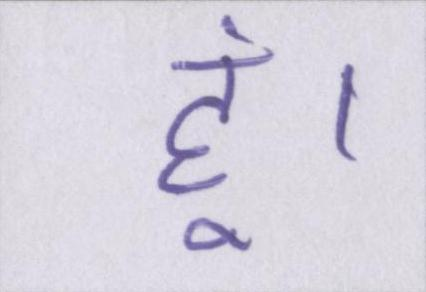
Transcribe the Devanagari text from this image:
हूं।